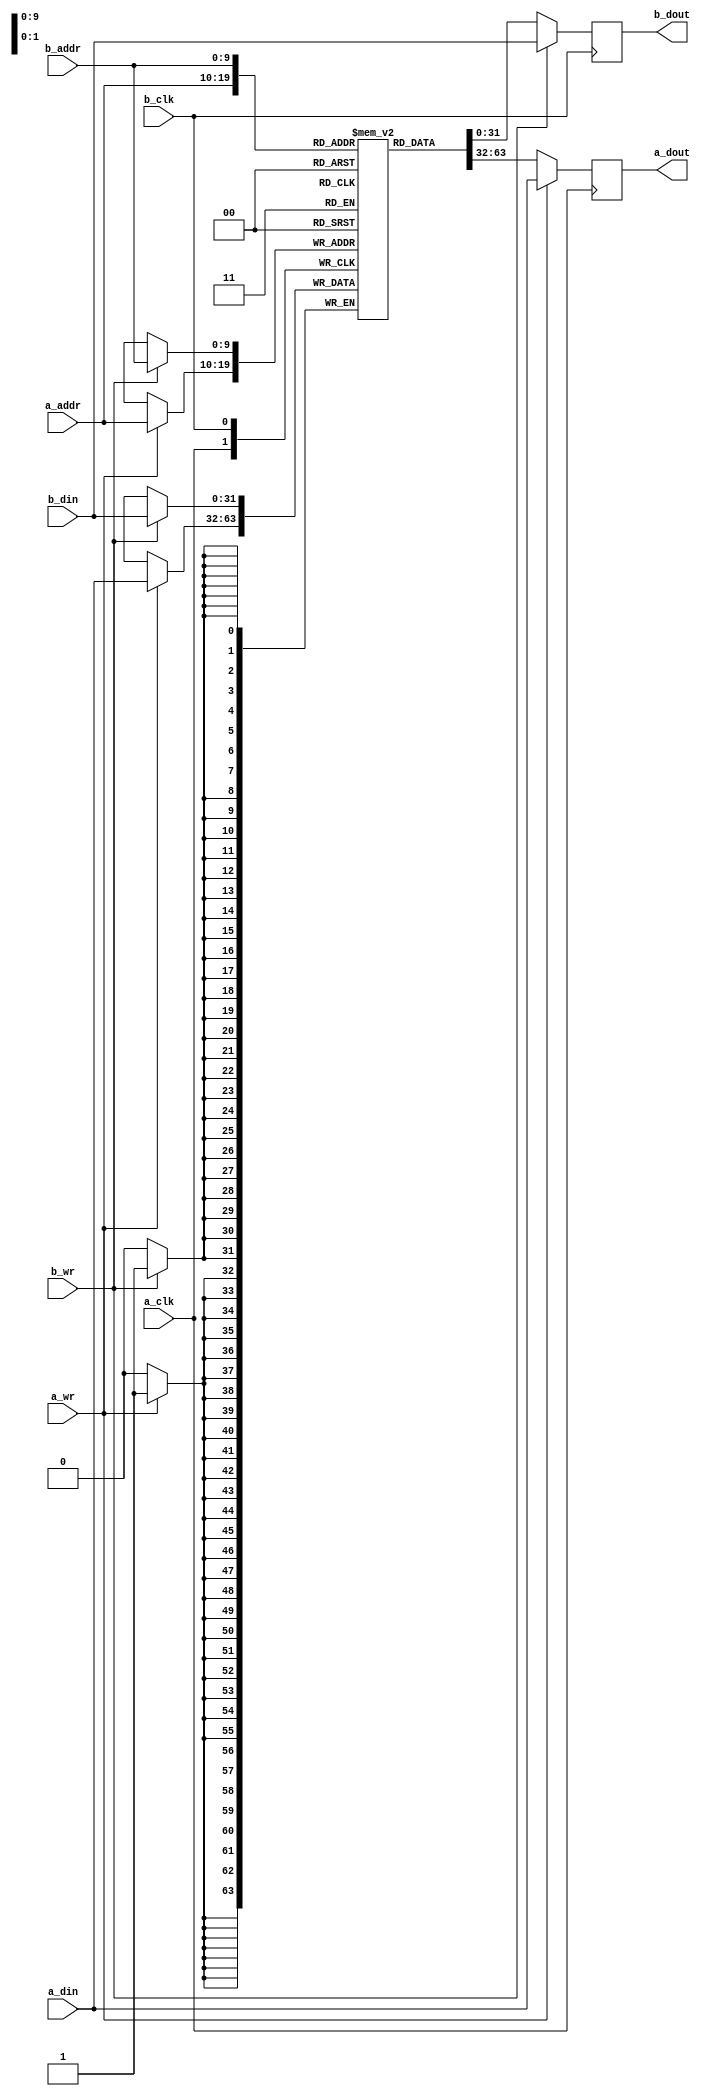
//////////////////////////////////////////////////////////////////////////////////
// Company:  HPCN-UAM
// 
// Module Name: bram_tdp
// Description: Block ram of 36kbits. It is a TDP (true dual port) memory
//            
// Dependencies: None
//////////////////////////////////////////////////////////////////////////////////


module bram_tdp #(
    parameter DATA = 32,
    parameter ADDR = 10
) (
    // Port A
    input   wire                a_clk,
    input   wire                a_wr,
    input   wire    [ADDR-1:0]  a_addr,
    input   wire    [DATA-1:0]  a_din,
    output  reg     [DATA-1:0]  a_dout,
     
    // Port B
    input   wire                b_clk,
    input   wire                b_wr,
    input   wire    [ADDR-1:0]  b_addr,
    input   wire    [DATA-1:0]  b_din,
    output  reg     [DATA-1:0]  b_dout
);
 
// Shared memory
reg [DATA-1:0] mem [(2**ADDR)-1:0];
 
// Port A
always @(posedge a_clk) begin
    a_dout      <= mem[a_addr];
    if(a_wr) begin
        a_dout      <= a_din;
        mem[a_addr] <= a_din;
    end
end
 
// Port B
always @(posedge b_clk) begin
    b_dout      <= mem[b_addr];
    if(b_wr) begin
        b_dout      <= b_din;
        mem[b_addr] <= b_din;
    end
end
 
endmodule